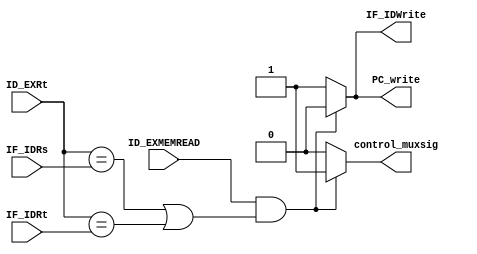
module Hazard_Detect(ID_EXMEMREAD,IF_IDRs,IF_IDRt,ID_EXRt,
						PC_write,IF_IDWrite,control_muxsig);
	input ID_EXMEMREAD;
	input [4:0] IF_IDRs,IF_IDRt,ID_EXRt;
	output reg PC_write,IF_IDWrite,control_muxsig;
	
	always@(ID_EXMEMREAD or IF_IDRs or IF_IDRt or ID_EXRt) begin
		//check the instruction is load or not, and check if it has hazard
		if( (ID_EXMEMREAD==1)&& ( (ID_EXRt==IF_IDRs)|| (ID_EXRt==IF_IDRt)) )
			begin
				PC_write=1'b0; // means PC hold value
				IF_IDWrite=1'b0; // hold the all value in IF_ID register
				control_muxsig=1'b1; //let mux choose that all control signal be zero
			end
		else
			begin
				PC_write=1'b1;
				IF_IDWrite=1'b1;
				control_muxsig=1'b0;
			end
	end
	
	
endmodule